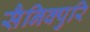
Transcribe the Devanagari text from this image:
सैनिक्पुरि